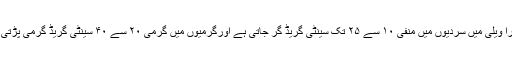
کچورا ویلی میں سردیوں میں منفی ۱۰ سے ۲۵ تک سینٹی گریڈ گر جاتی ہے اورگرمیوں میں گرمی ۲۰ سے ۴۰ سینٹی گریڈ گرمی پڑتی ہے۔